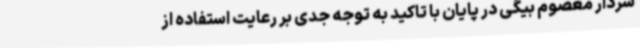
سردار معصوم بیگی در پایان با تاکید به توجه جدی بر رعایت استفاده از